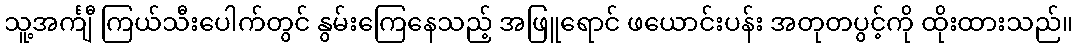
သူ့အင်္ကျီ ကြယ်သီးပေါက်တွင် နွမ်းကြေနေသည့် အဖြူရောင် ဖယောင်းပန်း အတုတပွင့်ကို ထိုးထားသည်။